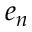
e _ { n }